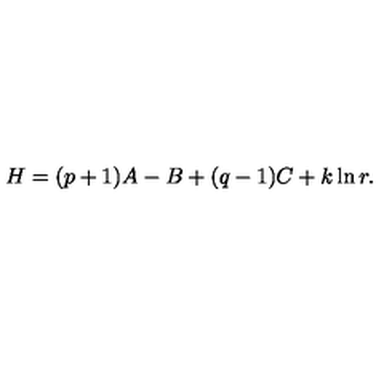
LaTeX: H = ( p + 1 ) A - B + ( q - 1 ) C + k \ln r .